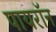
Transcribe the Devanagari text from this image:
पायराॅन